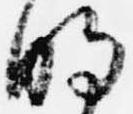
明